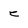
Character: e